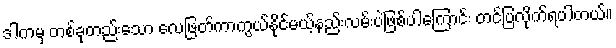
ဒါကမှ တစ်ခုတည်းသော လေဖြတ်ကာကွယ်နိုင်မယ့်နည်းလမ်းပဲဖြစ်ပါကြောင်း တင်ပြလိုက်ရပါတယ်။